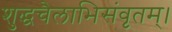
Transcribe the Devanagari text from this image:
शुद्धचैलाभिसंवृतम्।